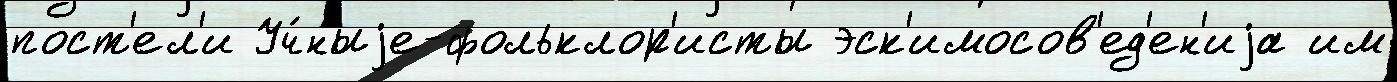
пост'ел'и Уч́ныjе-фольклор'исты эск'имосов'ед'ен'иjа им